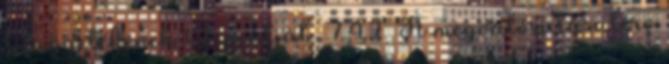
1. függelékének 1.2. pontját . 7.4.2. A megvalósulási terv